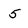
Character: 5